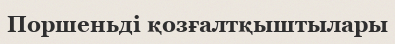
Поршеньді қозғалтқыштылары